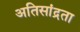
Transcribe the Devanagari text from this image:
अतिसांद्रता